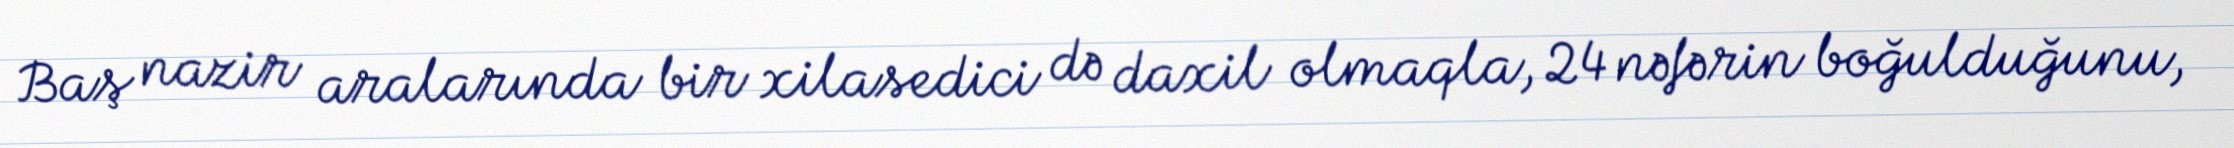
Baş nazir aralarında bir xilasedici də daxil olmaqla, 24 nəfərin boğulduğunu,